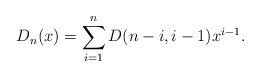
\begin{align*}D_n(x) = \sum_{i=1}^{n} D(n-i,i-1) x^{i-1}.\end{align*}